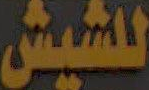
للشيش